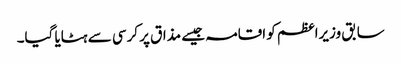
سابق وزیراعظم کو اقامہ جیسے مذاق پر کرسی سے ہٹایا گیا۔